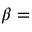
\beta =